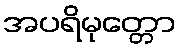
အပရိမုတ္တော